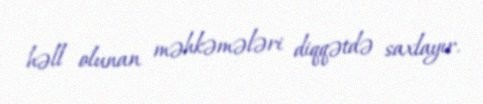
həll olunan məhkəmələri diqqətdə saxlayır.